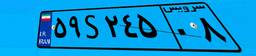
۸۴S۵۶۹۰۵